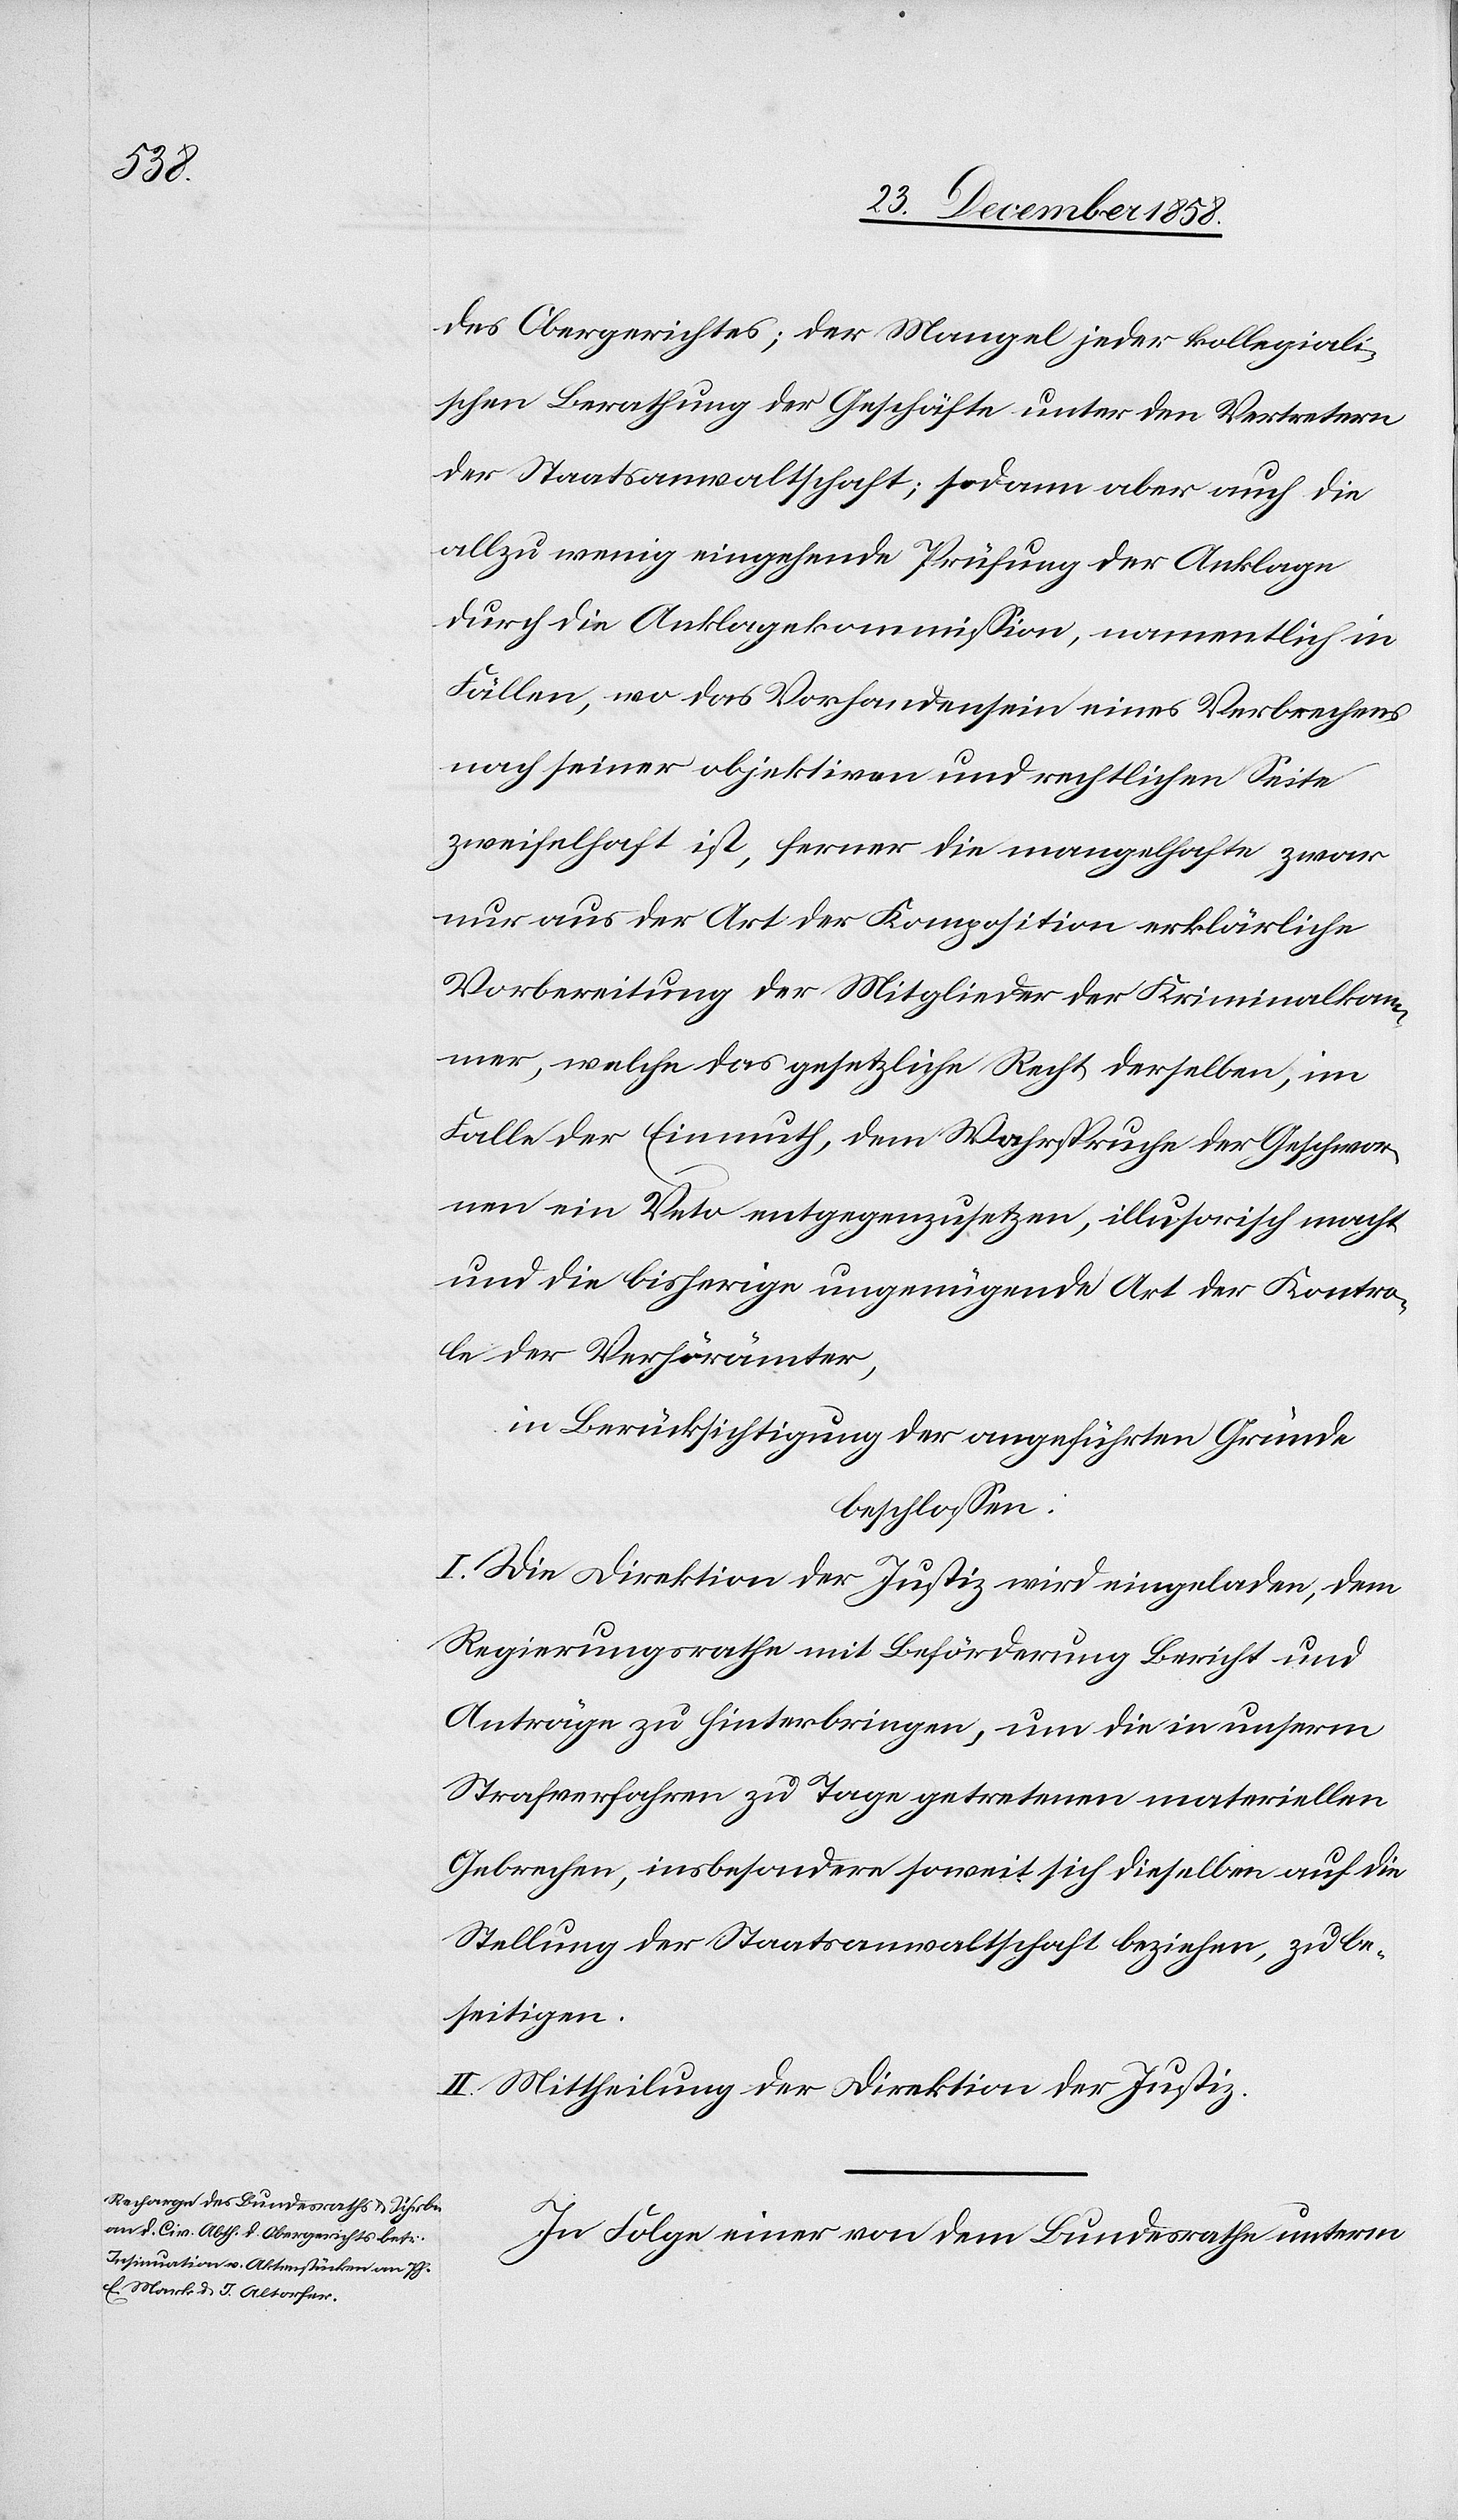
des Obergerichtes; der Mangel jeder kollegiali¬
schen Berathung der Geschäfte unter den Vertretern
der Staatsanwaltschaft; sodann aber auch die
allzu wenig eingehende Prüfung der Anklage
durch die Anklagekommission, namentlich in
Fällen, wo das Vorhandensein eines Verbrechens
nach seiner objektiven und rechtlichen Seite
zweifelhaft ist, ferner die mangelhafte zwar
nur aus der Art der Komposition erklärliche
Vorbereitung der Mitglieder der Kriminalkam¬
mer, welche das gesetzliche Recht derselben, im
Falle der Einmuth, dem Wahrspruche der Geschwor¬
nen ein Veto entgegenzusetzen, illusorisch macht
und die bisherige ungenügende Art der Kontro¬
l[l]e der Verhörämter,
in Berücksichtigung der angeführten Gründe
beschlossen:
I. Die Direktion der Justiz wird eingeladen, dem
Regierungsrathe mit Beförderung Bericht und
Anträge zu hinterbringen, um die in unserm
Strafverfahren zu Tage getretenen materiellen
Gebrechen, insbesondere soweit sich dieselben auf die
Stellung der Staatsanwaltschaft beziehen, zu be¬
seitigen.
II. Mittheilung der Direktion der Justiz.
In Folge einer von dem Bundesrathe unterm